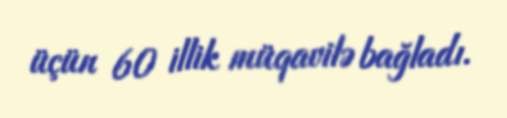
üçün 60 illik müqavilə bağladı.